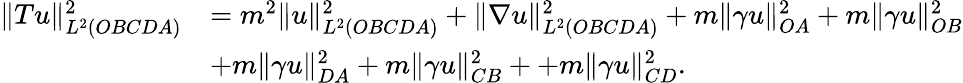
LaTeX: \begin{array}{rl}{\| Tu\| _{L^{2}(OBCDA)}^{2}}&{=m^{2}\| u\| _{L^{2}(OBCDA)}^{2}+\| \nabla u\| _{L^{2}(OBCDA)}^{2}+m\| \gamma u\| _{OA}^{2}+m\| \gamma u\| _{OB}^{2}}\\ &{+m\| \gamma u\| _{DA}^{2}+m\| \gamma u\| _{CB}^{2}++m\| \gamma u\| _{CD}^{2}.}\end{array}